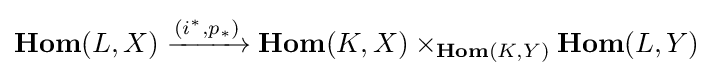
{\textbf {Hom}}(L,X)\xrightarrow {(i^{*},p_{*})} {\textbf {Hom}}(K,X)\times _{{\textbf {Hom}}(K,Y)}{\textbf {Hom}}(L,Y)